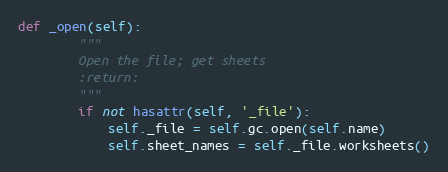
Language: Python
def _open(self):
        """
        Open the file; get sheets
        :return:
        """
        if not hasattr(self, '_file'):
            self._file = self.gc.open(self.name)
            self.sheet_names = self._file.worksheets()